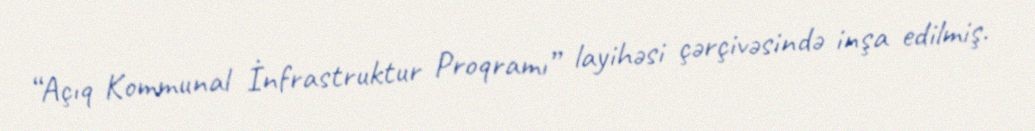
“Açıq Kommunal İnfrastruktur Proqramı” layihəsi çərçivəsində inşa edilmiş.